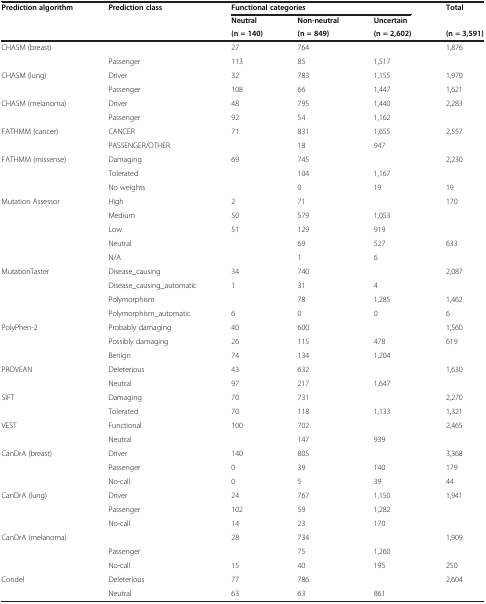
<table><thead><tr><td rowspan="3"><b>Prediction algorithm</b></td><td rowspan="3"><b>Prediction class</b></td><td colspan="3"><b>Functional categories</b></td><td rowspan="2"><b>Total</b></td></tr><tr><td><b>Neutral</b></td><td><b>Non-neutral</b></td><td><b>Uncertain</b></td></tr><tr><td><b>(n = 140)</b></td><td><b>(n = 849)</b></td><td><b>(n = 2,602)</b></td><td><b>(n = 3,591)</b></td></tr></thead><tbody><tr><td rowspan="2">CHASM (breast)</td><td>[EMPTY_CELL]</td><td>27</td><td>764</td><td>[EMPTY_CELL]</td><td>1,876</td></tr><tr><td>Passenger</td><td>113</td><td>85</td><td>1,517</td><td>[EMPTY_CELL]</td></tr><tr><td rowspan="2">CHASM (lung)</td><td>Driver</td><td>32</td><td>783</td><td>1,155</td><td>1,970</td></tr><tr><td>Passenger</td><td>108</td><td>66</td><td>1,447</td><td>1,621</td></tr><tr><td rowspan="2">CHASM (melanoma)</td><td>Driver</td><td>48</td><td>795</td><td>1,440</td><td>2,283</td></tr><tr><td>Passenger</td><td>92</td><td>54</td><td>1,162</td><td>[EMPTY_CELL]</td></tr><tr><td rowspan="2">FATHMM (cancer)</td><td>CANCER</td><td>71</td><td>831</td><td>1,655</td><td>2,557</td></tr><tr><td>PASSENGER/OTHER</td><td>[EMPTY_CELL]</td><td>18</td><td>947</td><td>[EMPTY_CELL]</td></tr><tr><td rowspan="3">FATHMM (missense)</td><td>Damaging</td><td>69</td><td>745</td><td>[EMPTY_CELL]</td><td>2,230</td></tr><tr><td>Tolerated</td><td>[EMPTY_CELL]</td><td>104</td><td>1,167</td><td>[EMPTY_CELL]</td></tr><tr><td>No weights</td><td>[EMPTY_CELL]</td><td>0</td><td>19</td><td>19</td></tr><tr><td rowspan="5">Mutation Assessor</td><td>High</td><td>2</td><td>71</td><td>[EMPTY_CELL]</td><td>170</td></tr><tr><td>Medium</td><td>50</td><td>579</td><td>1,053</td><td>[EMPTY_CELL]</td></tr><tr><td>Low</td><td>51</td><td>129</td><td>919</td><td>[EMPTY_CELL]</td></tr><tr><td>Neutral</td><td>[EMPTY_CELL]</td><td>69</td><td>527</td><td>633</td></tr><tr><td>N/A</td><td>[EMPTY_CELL]</td><td>1</td><td>6</td><td>[EMPTY_CELL]</td></tr><tr><td rowspan="4">MutationTaster</td><td>Disease_causing</td><td>34</td><td>740</td><td>[EMPTY_CELL]</td><td>2,087</td></tr><tr><td>Disease_causing_automatic</td><td>1</td><td>31</td><td>4</td><td>[EMPTY_CELL]</td></tr><tr><td>Polymorphism</td><td>[EMPTY_CELL]</td><td>78</td><td>1,285</td><td>1,462</td></tr><tr><td>Polymorphism_automatic</td><td>6</td><td>0</td><td>0</td><td>6</td></tr><tr><td rowspan="3">PolyPhen-2</td><td>Probably damaging</td><td>40</td><td>600</td><td>[EMPTY_CELL]</td><td>1,560</td></tr><tr><td>Possibly damaging</td><td>26</td><td>115</td><td>478</td><td>619</td></tr><tr><td>Benign</td><td>74</td><td>134</td><td>1,204</td><td>[EMPTY_CELL]</td></tr><tr><td rowspan="2">PROVEAN</td><td>Deleterious</td><td>43</td><td>632</td><td>[EMPTY_CELL]</td><td>1,630</td></tr><tr><td>Neutral</td><td>97</td><td>217</td><td>1,647</td><td>[EMPTY_CELL]</td></tr><tr><td rowspan="2">SIFT</td><td>Damaging</td><td>70</td><td>731</td><td>[EMPTY_CELL]</td><td>2,270</td></tr><tr><td>Tolerated</td><td>70</td><td>118</td><td>1,133</td><td>1,321</td></tr><tr><td rowspan="2">VEST</td><td>Functional</td><td>100</td><td>702</td><td>[EMPTY_CELL]</td><td>2,465</td></tr><tr><td>Neutral</td><td>[EMPTY_CELL]</td><td>147</td><td>939</td><td>[EMPTY_CELL]</td></tr><tr><td rowspan="3">CanDrA (breast)</td><td>Driver</td><td>140</td><td>805</td><td>[EMPTY_CELL]</td><td>3,368</td></tr><tr><td>Passenger</td><td>0</td><td>39</td><td>140</td><td>179</td></tr><tr><td>No-call</td><td>0</td><td>5</td><td>39</td><td>44</td></tr><tr><td rowspan="3">CanDrA (lung)</td><td>Driver</td><td>24</td><td>767</td><td>1,150</td><td>1,941</td></tr><tr><td>Passenger</td><td>102</td><td>59</td><td>1,282</td><td>[EMPTY_CELL]</td></tr><tr><td>No-call</td><td>14</td><td>23</td><td>170</td><td>[EMPTY_CELL]</td></tr><tr><td rowspan="3">CanDrA (melanoma)</td><td>[EMPTY_CELL]</td><td>28</td><td>734</td><td>[EMPTY_CELL]</td><td>1,909</td></tr><tr><td>Passenger</td><td>[EMPTY_CELL]</td><td>75</td><td>1,260</td><td>[EMPTY_CELL]</td></tr><tr><td>No-call</td><td>15</td><td>40</td><td>195</td><td>250</td></tr><tr><td rowspan="2">Condel</td><td>Deleterious</td><td>77</td><td>786</td><td>[EMPTY_CELL]</td><td>2,604</td></tr><tr><td>Neutral</td><td>63</td><td>63</td><td>861</td><td>[EMPTY_CELL]</td></tr></tbody></table>